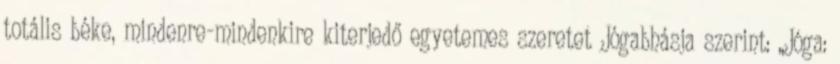
totális béke, mindenre-mindenkire kiterjedő egyetemes szeretet Jógabhásja szerint: „Jóga: